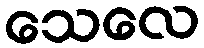
သေလေ